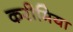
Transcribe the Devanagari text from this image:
करीमिया